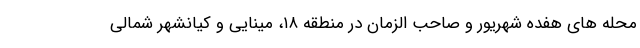
محله های هفده شهریور و صاحب الزمان در منطقه ۱۸، مینایی و کیانشهر شمالی